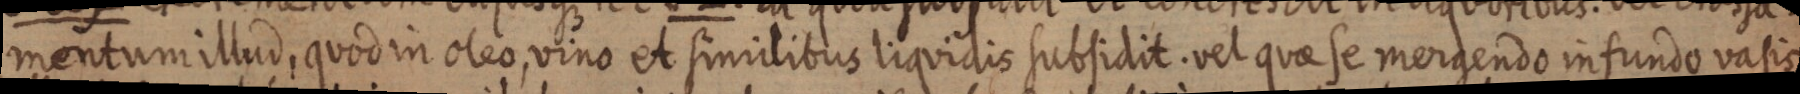
mentum illud, quod in oleo, vino et similibus liquidis subsidit. vel quae se mergendo infundo vasis